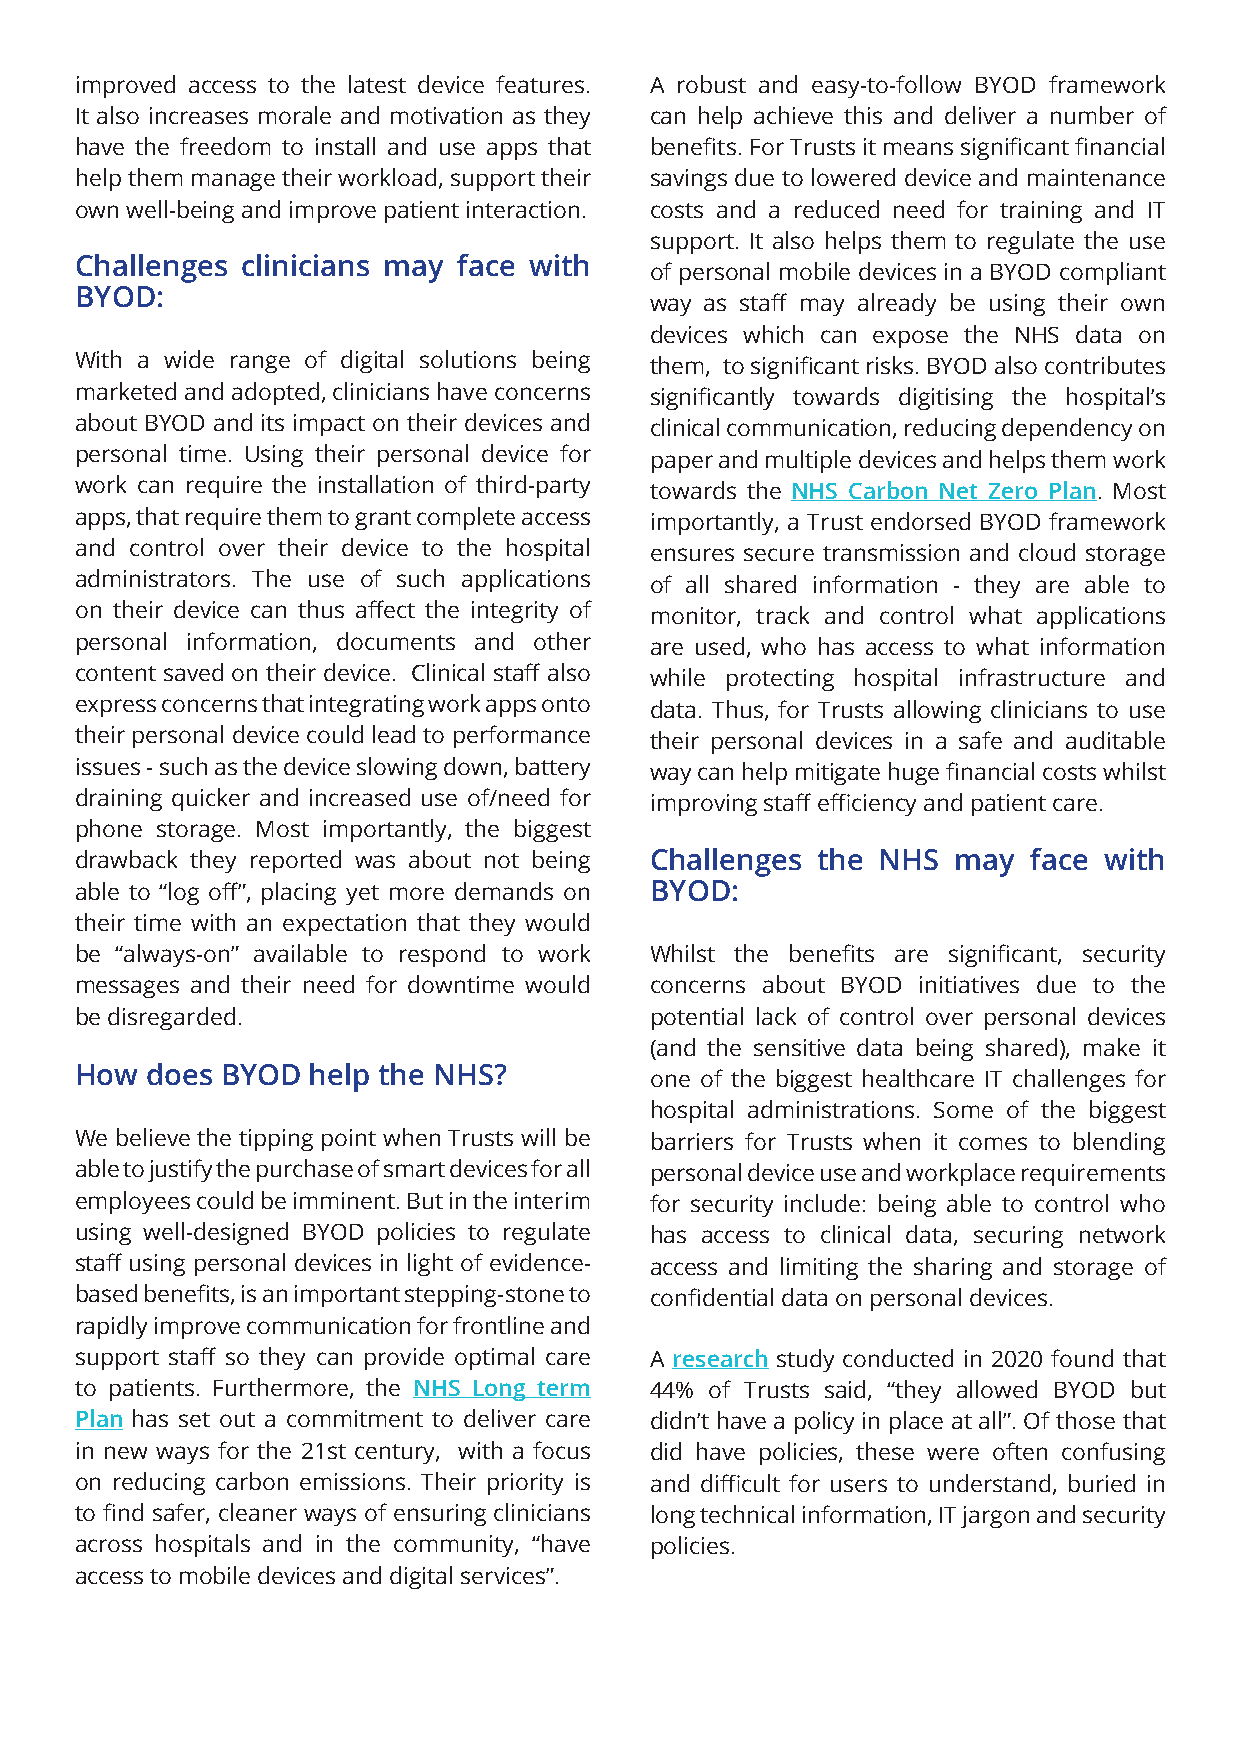
improved access to the latest device features. A robust and easy-to-follow BYOD framework
 It also increases morale and motivation as they can help achieve this and deliver a number of
 have the freedom to install and use apps that benefits. For Trusts it means significant financial
 help them manage their workload, support their savings due to lowered device and maintenance
 own well-being and improve patient interaction. costs and a reduced need for training and IT
 support. It also helps them to regulate the use
 Challenges clinicians may face with
 of personal mobile devices in a BYOD compliant
 BYOD:
 way as staff may already be using their own
 devices which can expose the NHS data on
 With a wide range of digital solutions being them, to significant risks. BYOD also contributes
 marketed and adopted, clinicians have concerns significantly towards digitising the hospital’s
 about BYOD and its impact on their devices and clinical communication, reducing dependency on
 personal time. Using their personal device for paper and multiple devices and helps them work
 work can require the installation of third-party towards the NHS Carbon Net Zero Plan. Most
 apps, that require them to grant complete access importantly, a Trust endorsed BYOD framework
 and control over their device to the hospital ensures secure transmission and cloud storage
 administrators. The use of such applications of all shared information - they are able to
 on their device can thus affect the integrity of monitor, track and control what applications
 personal information, documents and other are used, who has access to what information
 content saved on their device. Clinical staff also while protecting hospital infrastructure and
 express concerns that integrating work apps onto data. Thus, for Trusts allowing clinicians to use
 their personal device could lead to performance their personal devices in a safe and auditable
 issues - such as the device slowing down, battery way can help mitigate huge financial costs whilst
 draining quicker and increased use of/need for improving staff efficiency and patient care.
 phone storage. Most importantly, the biggest
 drawback they reported was about not being Challenges the NHS may face with
 able to “log off”, placing yet more demands on BYOD:
 their time with an expectation that they would
 be “always-on” available to respond to work Whilst the benefits are significant, security
 messages and their need for downtime would concerns about BYOD initiatives due to the
 be disregarded.                       potential lack of control over personal devices
 (and the sensitive data being shared), make it
 How  does BYOD help the NHS?          one of the biggest healthcare IT challenges for
 hospital administrations. Some of the biggest
 We believe the tipping point when Trusts will be barriers for Trusts when it comes to blending
 able to justify the purchase of smart devices for all personal device use and workplace requirements
 employees could be imminent. But in the interim for security include: being able to control who
 using well-designed BYOD policies to regulate has access to clinical data, securing network
 staff using personal devices in light of evidence- access and limiting the sharing and storage of
 based benefits, is an important stepping-stone to confidential data on personal devices.
 rapidly improve communication for frontline and
 support staff so they can provide optimal care A research study conducted in 2020 found that
 to patients. Furthermore, the NHS Long term 44% of Trusts said, “they allowed BYOD but
 Plan has set out a commitment to deliver care didn’t have a policy in place at all”. Of those that
 in new ways for the 21st century, with a focus did have policies, these were often confusing
 on reducing carbon emissions. Their priority is and difficult for users to understand, buried in
 to find safer, cleaner ways of ensuring clinicians long technical information, IT jargon and security
 across hospitals and in the community, “have policies.
 access to mobile devices and digital services”.